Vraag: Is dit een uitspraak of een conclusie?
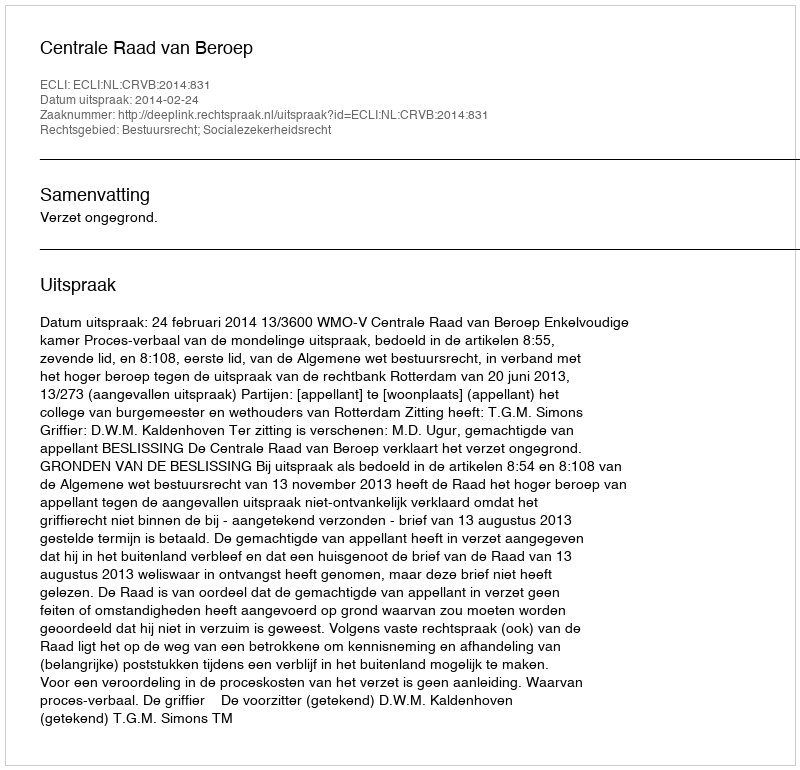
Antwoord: Uitspraak